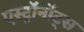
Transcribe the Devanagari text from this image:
एस्ट्राॅनाॅट्स